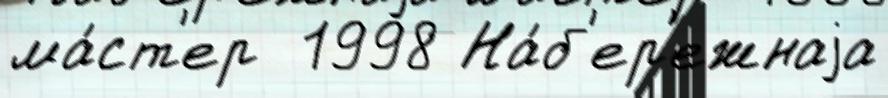
ма́ст'ер  1998 На́б'ер'ежнаjа